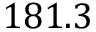
1 8 1 . 3